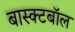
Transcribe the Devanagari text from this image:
बास्क्टबॉल